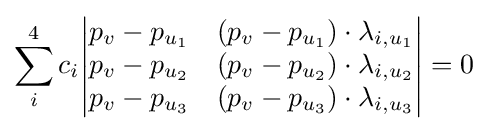
\sum _{i}^{4}c_{i}{\begin{vmatrix}p_{v}-p_{u_{1}}&(p_{v}-p_{u_{1}})\cdot \lambda _{i,u_{1}}\\p_{v}-p_{u_{2}}&(p_{v}-p_{u_{2}})\cdot \lambda _{i,u_{2}}\\p_{v}-p_{u_{3}}&(p_{v}-p_{u_{3}})\cdot \lambda _{i,u_{3}}\end{vmatrix}}=0